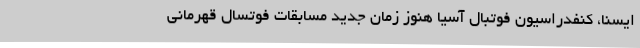
ایسنا، کنفدراسیون فوتبال آسیا هنوز زمان جدید مسابقات فوتسال قهرمانی